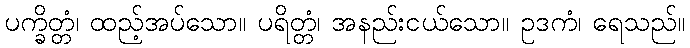
ပက္ခိတ္တံ၊ ထည့်အပ်သော။ ပရိတ္တံ၊ အနည်းငယ်သော။ ဥဒကံ၊ ရေသည်။